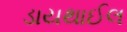
ડાયથાઈલ